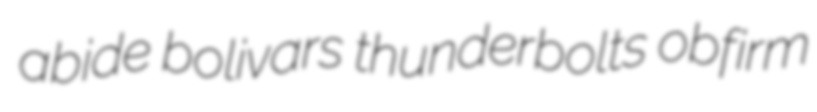
abide bolivars thunderbolts obfirm